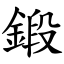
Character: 鍛